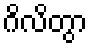
ဂိလိတွာ